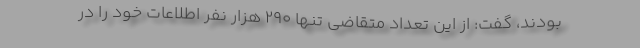
بودند، گفت: از این تعداد متقاضی تنها ۲۹۰ هزار نفر اطلاعات خود را در